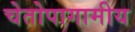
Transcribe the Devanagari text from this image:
चेतोपागामीय